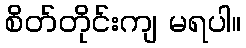
စိတ်တိုင်းကျ မရပါ။